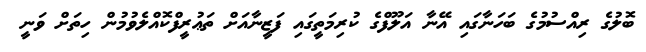
ބޮލުގެ ރިއްސުމުގެ ބަހަނާގައި އޭނާ އަލޫފްގެ ކުރިމަތީގައި ފަޒީނާއަށް ތަޢުރީފްކޮއްލެވުމުން ހިތަށް ވަނީ